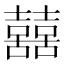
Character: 𡅕